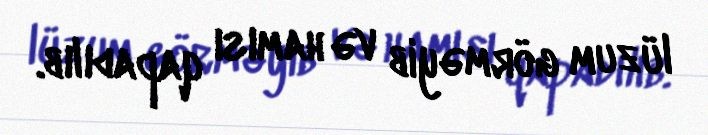
lüzum görməyib və hamısı qapadılıb.